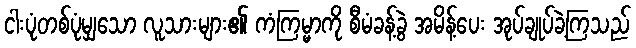
ငါးပုံတစ်ပုံမျှသော လူသားများ၏ ကံကြမ္မာကို စီမံခန့်ခွဲ အမိန့်ပေး အုပ်ချုပ်ခဲ့ကြသည်